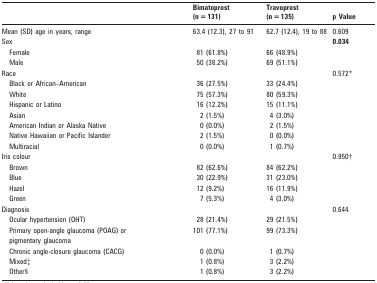
<table><thead><tr><td></td><td><b>Bimatoprost (n = 131)</b></td><td><b>Travoprost (n = 135)</b></td><td><b>p Value</b></td></tr></thead><tbody><tr><td>Mean (SD) age in years, range</td><td>63.4 (12.3), 27 to 91</td><td>62.7 (12.4), 19 to 88</td><td>0.609</td></tr><tr><td>Sex</td><td></td><td></td><td><b>0.034</b></td></tr><tr><td>Female</td><td>81 (61.8%)</td><td>66 (48.9%)</td><td></td></tr><tr><td>Male</td><td>50 (38.2%)</td><td>69 (51.1%)</td><td></td></tr><tr><td>Race</td><td></td><td></td><td>0.572*</td></tr><tr><td>Black or African–American</td><td>36 (27.5%)</td><td>33 (24.4%)</td><td></td></tr><tr><td>White</td><td>75 (57.3%)</td><td>80 (59.3%)</td><td></td></tr><tr><td>Hispanic or Latino</td><td>16 (12.2%)</td><td>15 (11.1%)</td><td></td></tr><tr><td>Asian</td><td>2 (1.5%)</td><td>4 (3.0%)</td><td></td></tr><tr><td>American Indian or Alaska Native</td><td>0 (0.0%)</td><td>2 (1.5%)</td><td></td></tr><tr><td>Native Hawaiian or Pacific Islander</td><td>2 (1.5%)</td><td>0 (0.0%)</td><td></td></tr><tr><td>Multiracial</td><td>0 (0.0%)</td><td>1 (0.7%)</td><td></td></tr><tr><td>Iris colour</td><td></td><td></td><td>0.950†</td></tr><tr><td>Brown</td><td>82 (62.6%)</td><td>84 (62.2%)</td><td></td></tr><tr><td>Blue</td><td>30 (22.9%)</td><td>31 (23.0%)</td><td></td></tr><tr><td>Hazel</td><td>12 (9.2%)</td><td>16 (11.9%)</td><td></td></tr><tr><td>Green</td><td>7 (5.3%)</td><td>4 (3.0%)</td><td></td></tr><tr><td>Diagnosis</td><td></td><td></td><td>0.644</td></tr><tr><td>Ocular hypertension (OHT)</td><td>28 (21.4%)</td><td>29 (21.5%)</td><td></td></tr><tr><td>Primary open-angle glaucoma (POAG) or</td><td>101 (77.1%)</td><td>99 (73.3%)</td><td></td></tr><tr><td>pigmentary glaucoma</td><td></td><td></td><td></td></tr><tr><td>Chronic angle-closure glaucoma (CACG)</td><td>0 (0.0%)</td><td>1 (0.7%)</td><td></td></tr><tr><td>Mixed‡</td><td>1 (0.8%)</td><td>3 (2.2%)</td><td></td></tr><tr><td>Other§</td><td>1 (0.8%)</td><td>3 (2.2%)</td><td></td></tr></tbody></table>